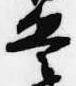
兵